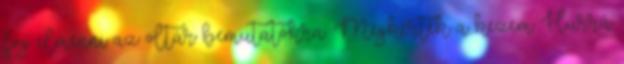
fog elmenni az oltár bemutatókra. Megkérték a kezem Hurrá